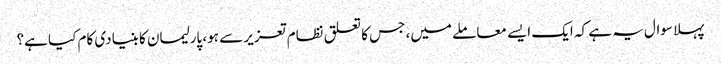
پہلا سوال یہ ہے کہ ایک ایسے معاملے میں، جس کا تعلق نظام تعزیر سے ہو، پارلیمان کا بنیادی کام کیا ہے؟